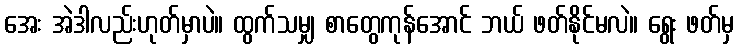
အေး အဲဒါလည်းဟုတ်မှာပဲ။ ထွက်သမျှ စာတွေကုန်အောင် ဘယ် ဖတ်နိုင်မလဲ။ ရွေး ဖတ်မှ